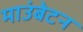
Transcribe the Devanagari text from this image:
माउंबेटन